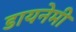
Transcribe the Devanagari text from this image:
डायनेमी